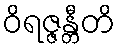
ဝိရဇ္ဇန္တီတိ